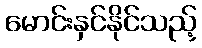
မောင်းနှင်နိုင်သည့်